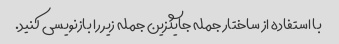
با استفاده از ساختار جمله جایگزین جمله زیر را بازنویسی کنید.